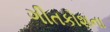
ગીતકોશના